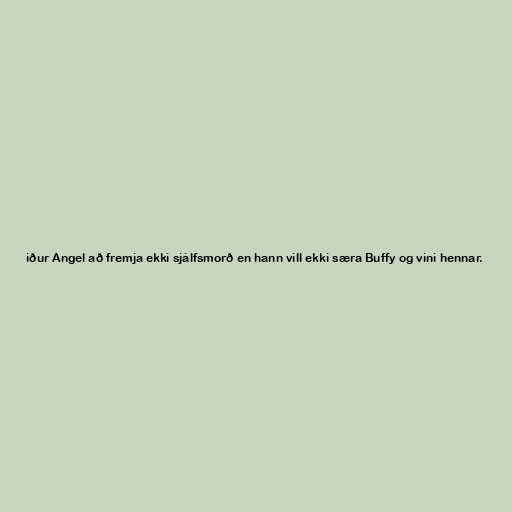
iður Angel að fremja ekki sjálfsmorð en hann vill ekki særa Buffy og vini hennar.